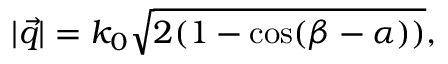
| \vec { q } | = k _ { 0 } \sqrt { 2 ( 1 - \cos ( \beta - \alpha ) ) } ,